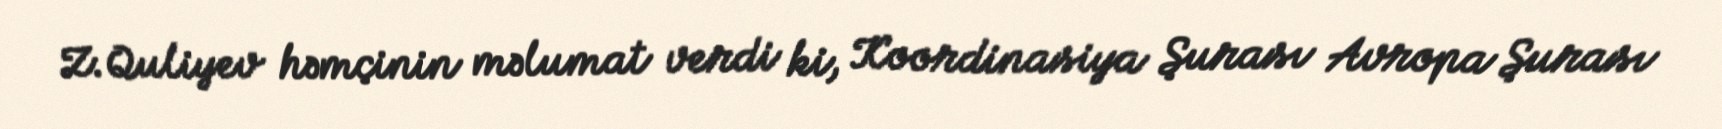
Z.Quliyev həmçinin məlumat verdi ki, Koordinasiya Şurası Avropa Şurası